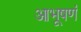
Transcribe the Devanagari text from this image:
आभूषणं